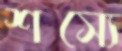
শস্যে